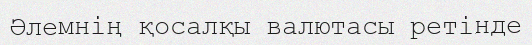
Әлемнің қосалқы валютасы ретінде